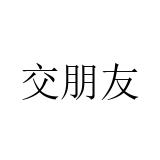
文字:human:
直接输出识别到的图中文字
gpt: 交朋友